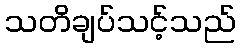
သတိချပ်သင့်သည်